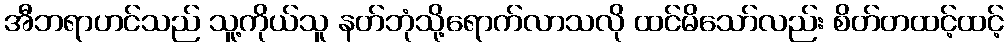
အီဘရာဟင်သည် သူ့ကိုယ်သူ နတ်ဘုံသို့ရောက်လာသလို ထင်မိသော်လည်း စိတ်တထင့်ထင့်